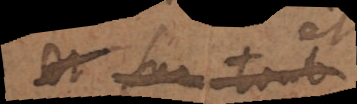
et surtout